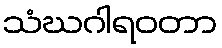
သံဃဂါရဝတာ